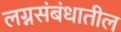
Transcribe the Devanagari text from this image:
लग्नसंबंधातील